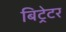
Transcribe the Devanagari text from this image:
बिट्रेटर